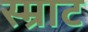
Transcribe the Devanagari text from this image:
स्म्राट